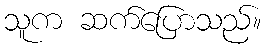
သူက ဆက်ပြောသည်။